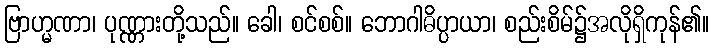
ဗြာဟ္မဏာ၊ ပုဏ္ဏားတို့သည်။ ခေါ၊ စင်စစ်။ ဘောဂါဓိပ္ပာယာ၊ စည်းစိမ်၌အလိုရှိကုန်၏။